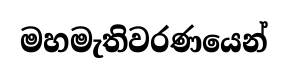
මහමැතිවරණයෙන්